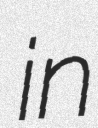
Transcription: in